system: You are a helpful assistant.
user:
Analyze the provided spectrum to determine if it is a **M-type Giant (gM)**.

A M-type Giant spectrum is defined by its **strong molecular absorption** features, particularly from **Titanium Oxide (TiO)**. You must check for one of the following mutually exclusive signatures:

- **Key Visual Indicators (Absorption-Dominated Spectrum):**

    - **(Primary):** The spectrum is dominated by strong molecular absorption from **Titanium Oxide (TiO)**. This is the **defining feature** of its M-type temperature class.
        - **(Key Bandheads):** Look for sharp, "saw-tooth" absorption valleys. The strongest are located near **~7050 Å**, **~6160 Å**, and **~5170 Å**.
        - **(Line Profile):** The "saw-tooth" morphology is critical: a **sharp, steep drop on the BLUE (short-wavelength) side** of the bandhead, followed by a gradual recovery (rising flux) towards the RED (long-wavelength) side.

    - **(Key Confirmation - Giant vs. Dwarf):** **ABSENCE** of strong **Calcium Hydride (CaH)** molecular bands. This is the primary diagnostic for *excluding* M-dwarfs.
        - **(Key Region):** The spectrum should lack the strong, broad absorption band seen in dwarfs between **~6800 Å and ~7000 Å**.

    - **(Secondary Confirmation - Giant):** A very strong and broad **Neutral Calcium (Ca I)** atomic absorption line.
        - **(Key Line):** Located at **~4226 Å**. In a giant (gM), this line is significantly deeper and broader than the same line in an M-dwarf (dM) due to low surface gravity.

    - **(Overall Spectrum):**
        - The continuum is **extremely red-sloping** (i.e., flux is very low in the blue and rises dramatically towards the red).
        - The entire spectrum appears "chopped up" by the deep TiO bands.

Think first, call **spectral_visualization_tool** if needed to examine features in detail, then provide your final answer. Your response must adhere to the following strict rules:
1.  **Overall Structure:** Your response must follow the format `<think>...</think> <tool_call>...</tool_call> (if a tool is used) <answer>...</answer>`.
2.  **Tool Usage Constraint:** You may only make **one** tool call per turn.
3.  **Final Answer Format:** In the `<answer>` tag, your conclusion must be inside a `\boxed{}` command (e.g., `\boxed{YES}` or `\boxed{NO}`), followed by your justification.

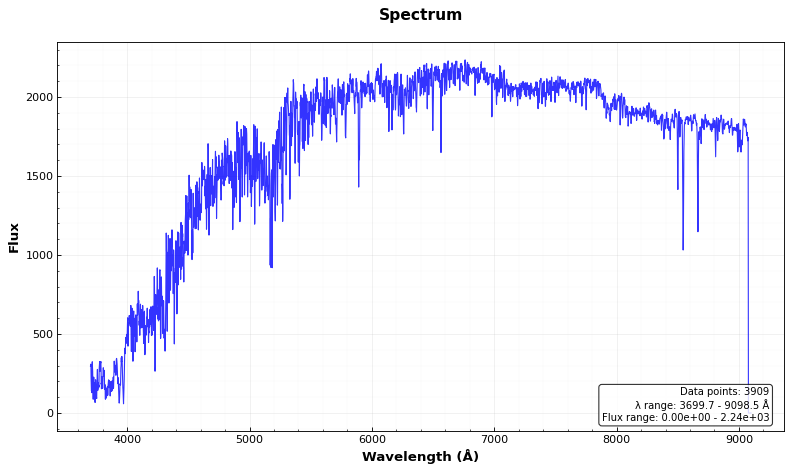
Answer: NO